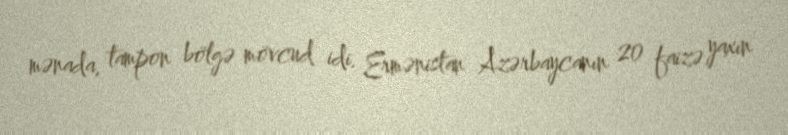
mənada, tampon bölgə mövcud idi. Ermənistan Azərbaycanın 20 faizə yaxın